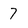
Character: 7